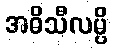
အဓိသီလမ္ပိ